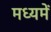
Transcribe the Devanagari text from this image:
मध्‍यमें